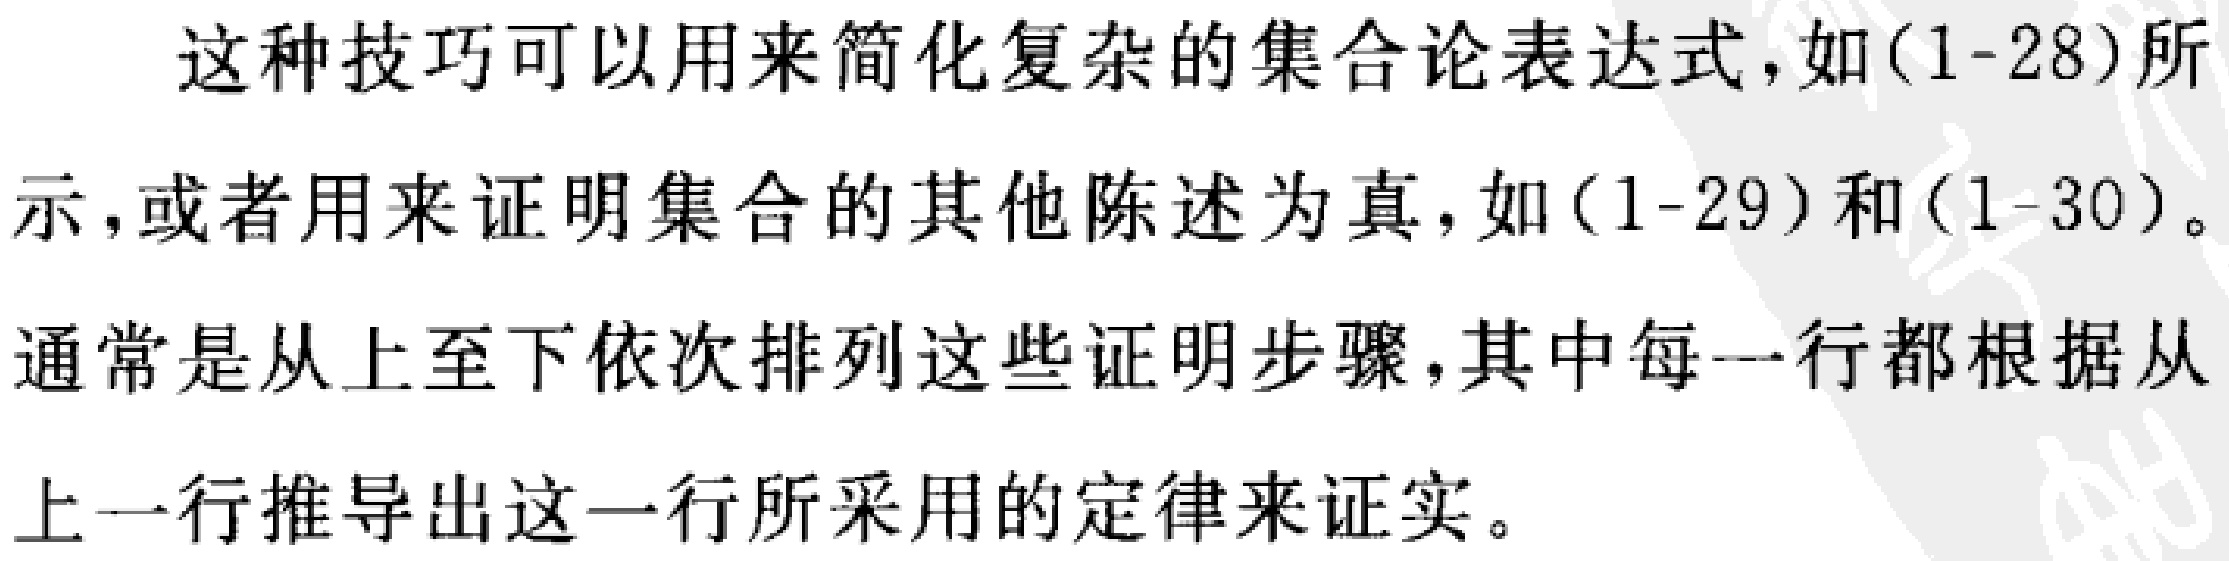
这种技巧可以用来简化复杂的集合论表达式,如(1-28)所示,或者用来证明集合的其他陈述为真,如(1-29)和(1-30)。
通常是从上至下依次排列这些证明步骤,其中每一行都根据从上一行推导出这一行所采用的定律来证实。